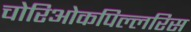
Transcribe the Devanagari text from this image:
चोरिओकपिल्लरिस